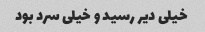
خیلی دیر رسید و خیلی سرد بود